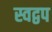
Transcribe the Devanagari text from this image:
स्वद्वप